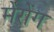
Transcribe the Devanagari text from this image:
मेरोंग